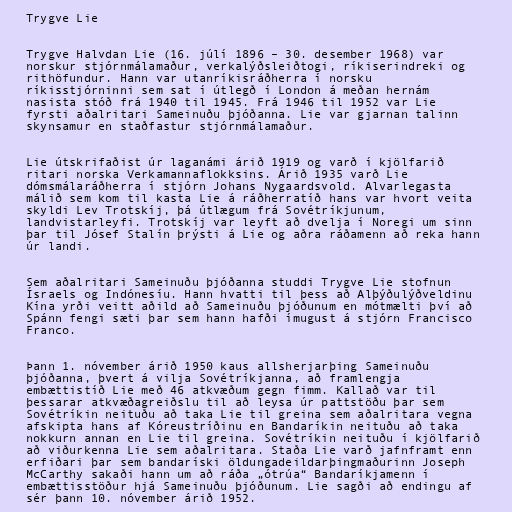
Trygve Lie

Trygve Halvdan Lie (16. júlí 1896 – 30. desember 1968) var
norskur stjórnmálamaður, verkalýðsleiðtogi, ríkiserindreki og
rithöfundur. Hann var utanríkisráðherra í norsku
ríkisstjórninni sem sat í útlegð í London á meðan hernám
nasista stóð frá 1940 til 1945. Frá 1946 til 1952 var Lie
fyrsti aðalritari Sameinuðu þjóðanna. Lie var gjarnan talinn
skynsamur en staðfastur stjórnmálamaður.

Lie útskrifaðist úr laganámi árið 1919 og varð í kjölfarið
ritari norska Verkamannaflokksins. Árið 1935 varð Lie
dómsmálaráðherra í stjórn Johans Nygaardsvold. Alvarlegasta
málið sem kom til kasta Lie á ráðherratíð hans var hvort veita
skyldi Lev Trotskíj, þá útlægum frá Sovétríkjunum,
landvistarleyfi. Trotskíj var leyft að dvelja í Noregi um sinn
þar til Jósef Stalín þrýsti á Lie og aðra ráðamenn að reka hann
úr landi.

Sem aðalritari Sameinuðu þjóðanna studdi Trygve Lie stofnun
Ísraels og Indónesíu. Hann hvatti til þess að Alþýðulýðveldinu
Kína yrði veitt aðild að Sameinuðu þjóðunum en mótmælti því að
Spánn fengi sæti þar sem hann hafði ímugust á stjórn Francisco
Franco.

Þann 1. nóvember árið 1950 kaus allsherjarþing Sameinuðu
þjóðanna, þvert á vilja Sovétríkjanna, að framlengja
embættistíð Lie með 46 atkvæðum gegn fimm. Kallað var til
þessarar atkvæðagreiðslu til að leysa úr pattstöðu þar sem
Sovétríkin neituðu að taka Lie til greina sem aðalritara vegna
afskipta hans af Kóreustríðinu en Bandaríkin neituðu að taka
nokkurn annan en Lie til greina. Sovétríkin neituðu í kjölfarið
að viðurkenna Lie sem aðalritara. Staða Lie varð jafnframt enn
erfiðari þar sem bandaríski öldungadeildarþingmaðurinn Joseph
McCarthy sakaði hann um að ráða „ótrúa“ Bandaríkjamenn í
embættisstöður hjá Sameinuðu þjóðunum. Lie sagði að endingu af
sér þann 10. nóvember árið 1952.